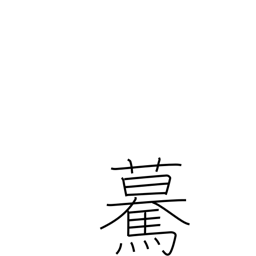
Meaning: going straight forward